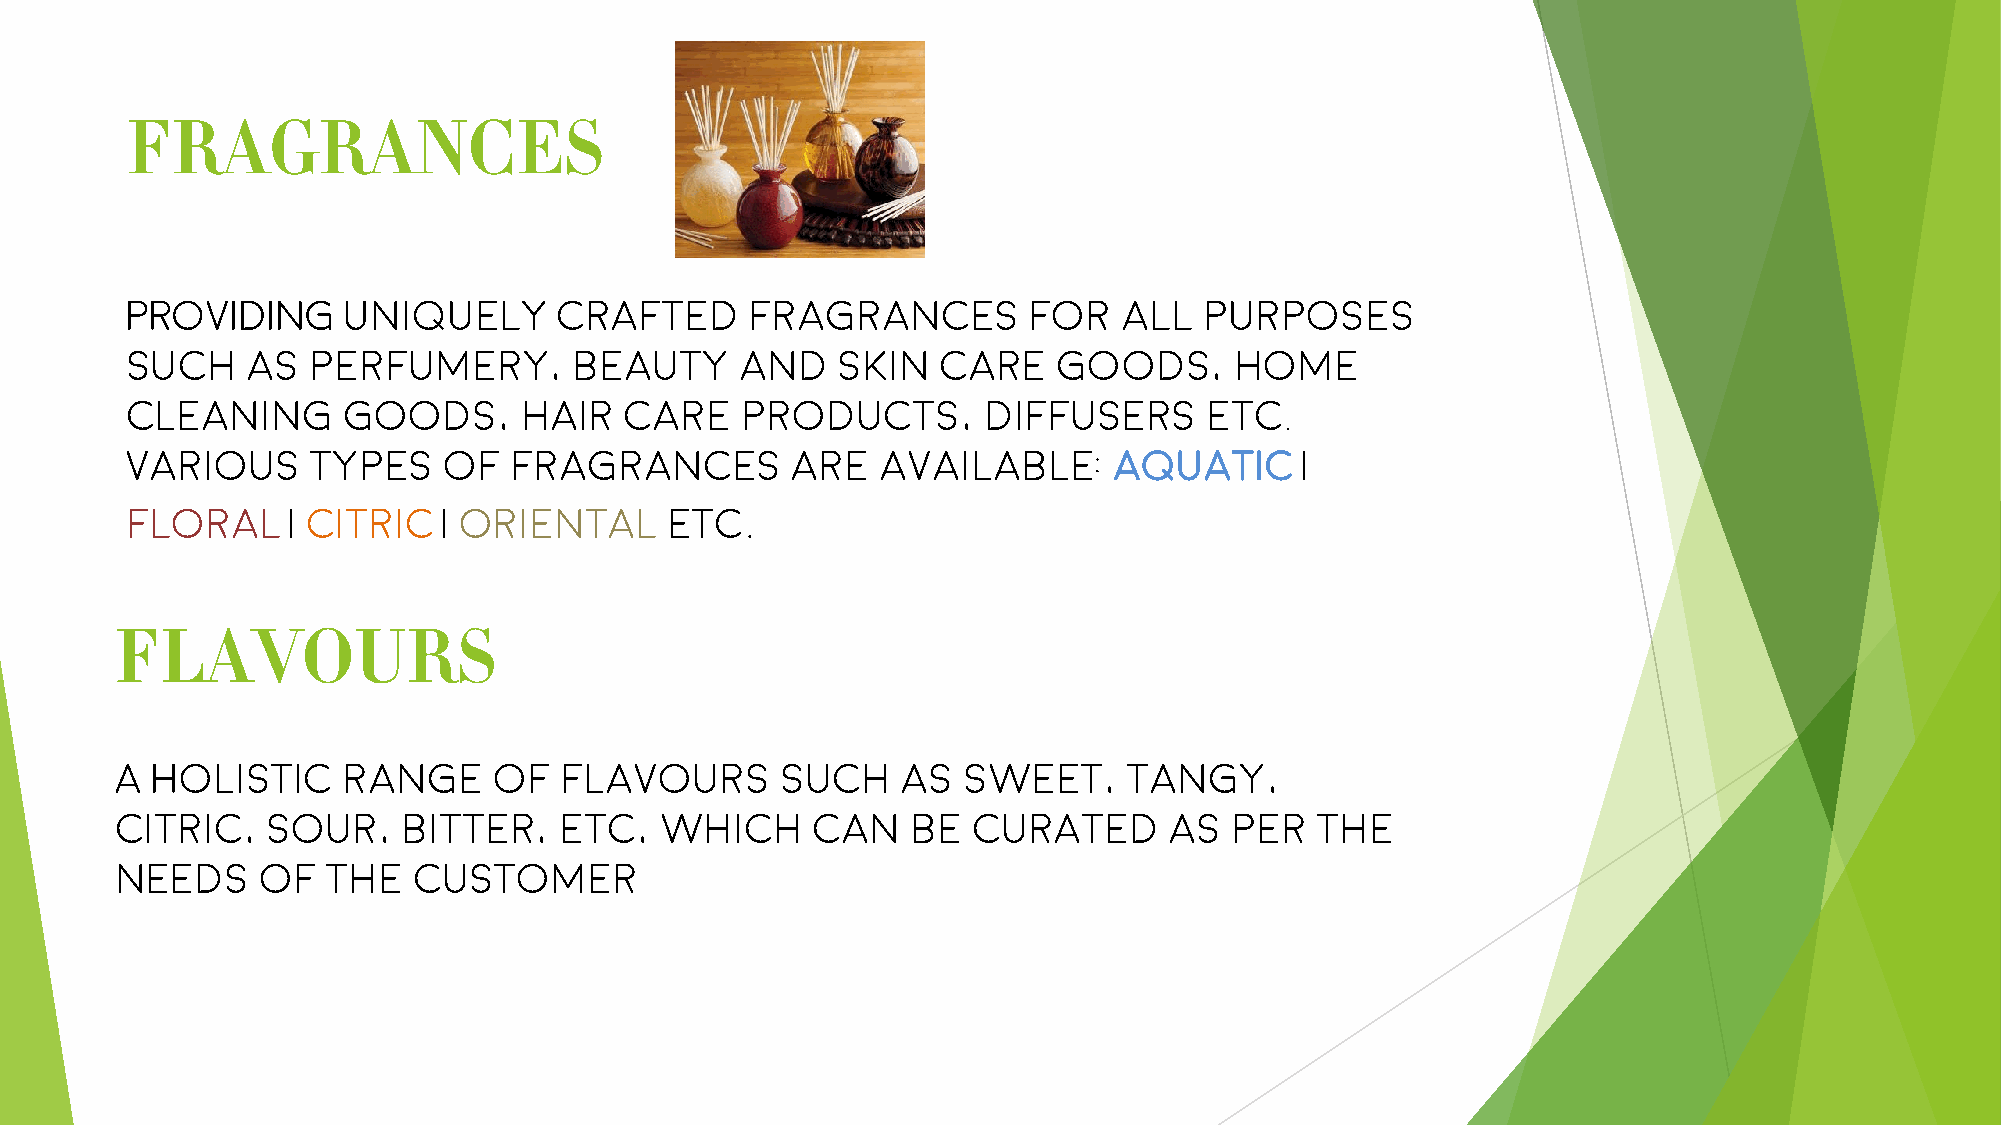
FRAGRANCES
 PROVIDING      Uniquely      crafted      fragrances        for   all   purposes
 such    as  perfumery,        beauty     and   skin   care    goods,      home
 cleaning       goods,     hair   care    products,       diffusers      etc.
 Various      types   of   fragrances        are   available:      aquatic     |
 .
 floral     | citric  | oriental     etc
 FLAVOURS
 A Holistic     range     of  flavours       such    as  sweet,     tangy,
 citric,   sour,    bitter,   etc,   which     can   be  curated      as   per  the
 needs    of   the  customer